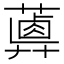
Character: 𦿥